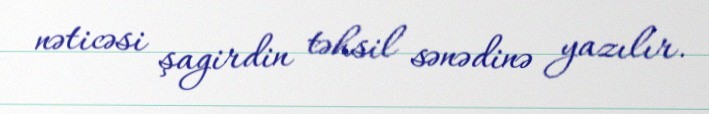
nəticəsi şagirdin təhsil sənədinə yazılır.